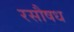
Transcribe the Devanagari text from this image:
रसौषध